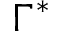
\Gamma ^ { * }